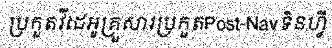
ប្រកួតវីដេអូគ្រួសារប្រកួតPost-Navទិនហ្វី